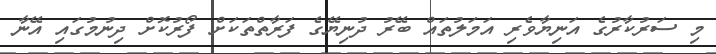
މި ސަރުކާރުގެ އަނިޔާވެރި އަމަލުތައް ބޭރު ދުނިޔޭގެ ފަރާތްތަކަށް ފޯރުކޮށް ދިނުމުގައި އޭނާ